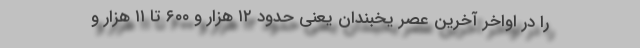
را در اواخر آخرین عصر یخبندان یعنی حدود ۱۲ هزار و ۶۰۰ تا ۱۱ هزار و